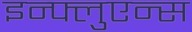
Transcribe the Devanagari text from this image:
इन्फ्लुएन्स